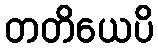
တတိယေပိ